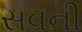
સવની